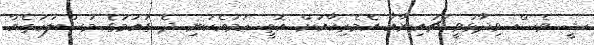
ޝީ ވެސް ވިދާޅުވީ ޗައިނާއާ އެމެރިކާއަށް އޮތީ ހަމައެކަނި ދެ ގައުމުގެ މަސްލަހަތެއް